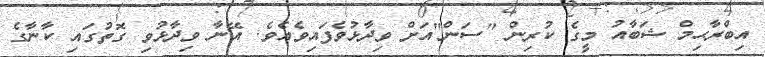
އިބްރާޙިމް ޝަބާއު މީގެ ކުރިން "ސަން"އަށް ވިދާޅުވެފައިވެއެވެ. އޭނާ ވިދާޅުވި ގޮތުގައި ކާނާގެ